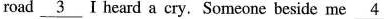
road \underline_{3} Ⅰ heard a cry. Someone beside me \underline_{4}